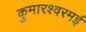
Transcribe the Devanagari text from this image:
कुमारश्‍वरमई